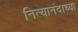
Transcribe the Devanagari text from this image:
नित्यानंदाच्या